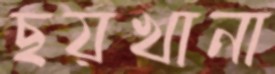
ছয়খানা